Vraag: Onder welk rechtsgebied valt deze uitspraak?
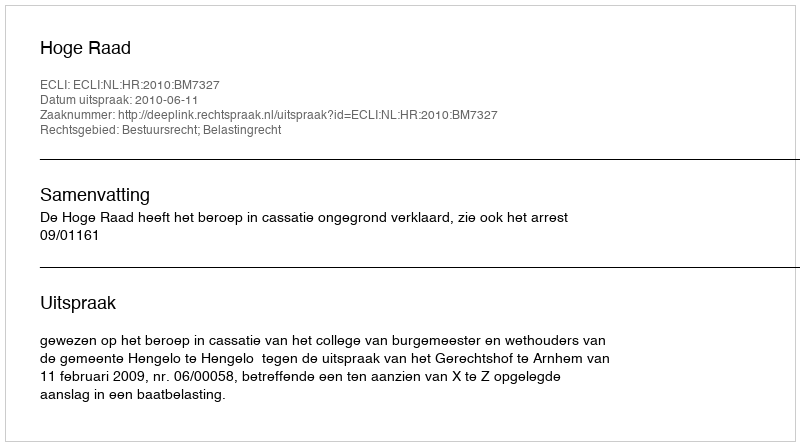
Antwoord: Bestuursrecht; Belastingrecht